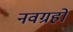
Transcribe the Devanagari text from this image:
नवग्रहो